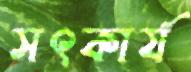
সৎকার্য